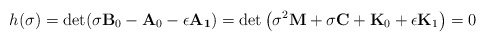
\begin{align*}h(\sigma) =\det(\sigma {\bf B}_0 - {\bf A}_0 - \epsilon {\bf A_1})= \det \left( \sigma^2 {\bf M} + \sigma {\bf C} + {\bf K}_0 + \epsilon {\bf K}_1 \right)=0\end{align*}